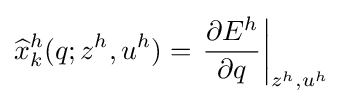
{\widehat {x}}_{k}^{h}(q;z^{h},u^{h})=\left.{\frac {\partial E^{h}}{\partial q}}\right|_{z^{h},u^{h}}